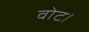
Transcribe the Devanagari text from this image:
वोट।